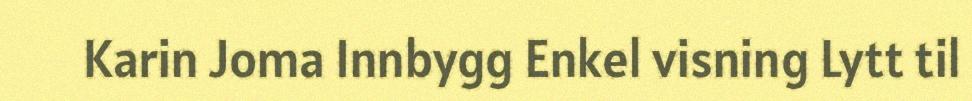
Karin Joma Innbygg Enkel visning Lytt til